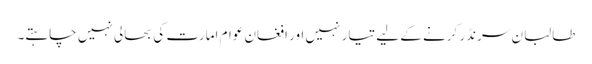
طالبان سرنڈر کرنے کے لیے تیار نہیں اور افغان عوام امارت کی بحالی نہیں چاہتے۔